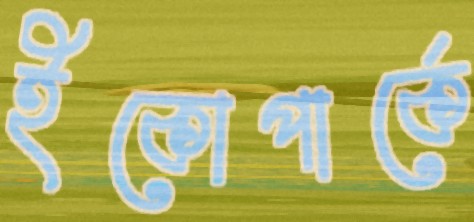
ইকোপার্কে